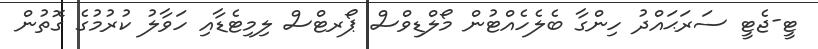
ޓީ-ޖެޓީ ސަރަޙައްދު ހިންގާ ބެލެހެއްޓުން މޯލްޑިވްސް ޕޯރޓްސް ލިމިޓެޑާއި ހަވާލު ކުރުމުގެ ގޮތުން